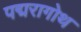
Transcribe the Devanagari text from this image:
पद्मरागोथ